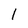
Character: l